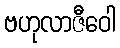
ဗဟုလာဇီဝေါ